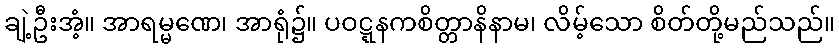
ချဲ့ဦးအံ့။ အာရမ္မဏေ၊ အာရုံ၌။ ပဝဋ္ဋနကစိတ္တာနိနာမ၊ လိမ့်သော စိတ်တို့မည်သည်။